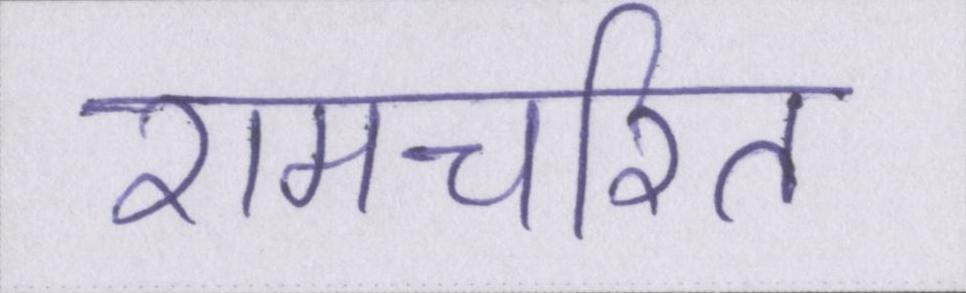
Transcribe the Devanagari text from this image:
रामचरित